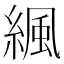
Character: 𦂱